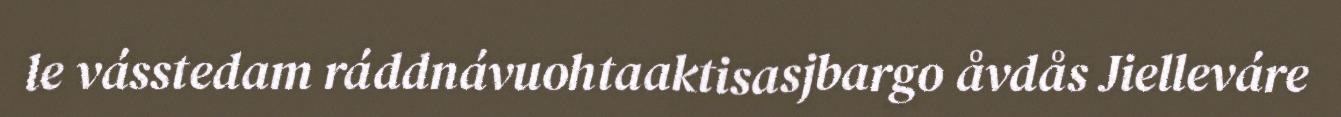
le vásstedam ráddnávuohtaaktisasjbargo åvdås Jielleváre